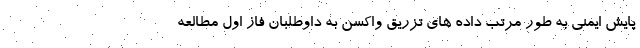
پایش ایمنی به طور مرتب داده های تزریق واکسن به داوطلبان فاز اول مطالعه